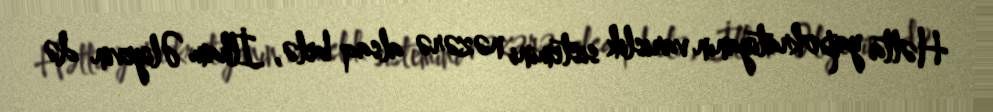
Hətta yapokratiyanın varislik sistemini nəzərə alsaq belə, İlham Əliyevin də